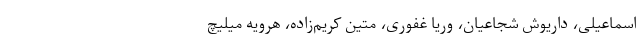
اسماعیلی، داریوش شجاعیان، وریا غفوری، متین کریم‌زاده، هرویه میلیچ